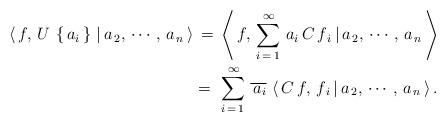
LaTeX: \begin{align*}\left<\,f,\, U\,\left\{\,a_{i}\,\right\} \,|\, a_{\,2},\, \cdots,\, a_{\,n}\,\right>& \,=\, \left<\,f,\, \sum\limits_{i \,=\, 1}^{\,\infty}\,a_{i}\,C\,f_{\,i} \,|\, a_{\,2},\, \cdots,\, a_{\,n}\,\right>\\&=\,\,\sum\limits_{i \,=\, 1}^{\,\infty}\,\overline{\,a_{i}}\,\left<\,C\,f,\, f_{\,i} \,|\, a_{\,2},\, \cdots,\, a_{\,n}\,\right>.\end{align*}